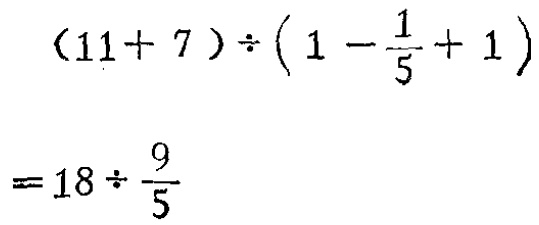
\((11 + 7)\div\left(1 - \frac{1}{5} + 1\right)\)

\(= 18\div\frac{9}{5}\)